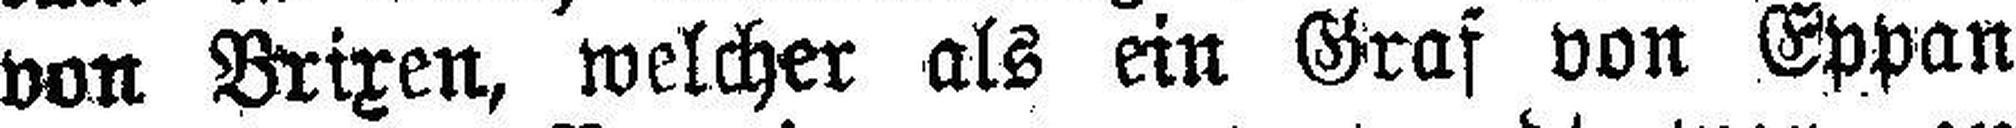
von Brixen, welcher als ein Graf von Eppan